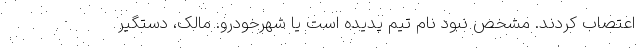
اعتصاب کردند. مشخص نبود نام تیم پدیده است یا شهرخودرو. مالک، دستگیر